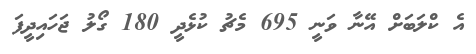
އެ ކްލަބަށް އޭނާ ވަނީ 695 މެޗު ކުޅެދީ 180 ގޯލު ޖަހައިދީފަ